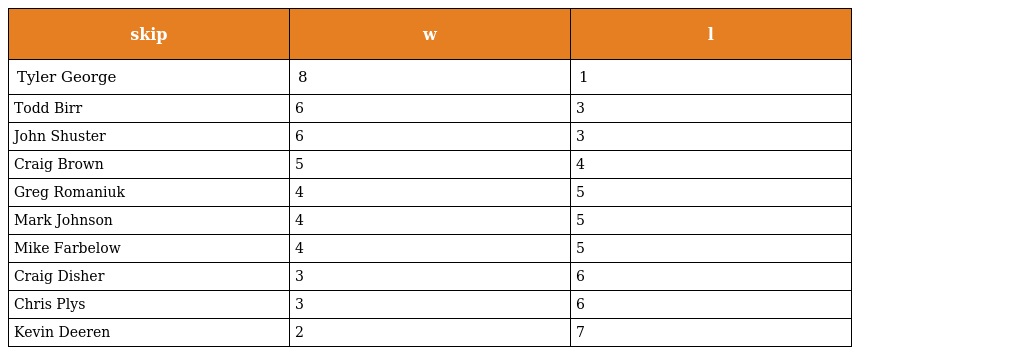
| skip | w | l |
 | --- | --- | --- |
 | Tyler George | 8 | 1 |
 | Todd Birr | 6 | 3 |
 | John Shuster | 6 | 3 |
 | Craig Brown | 5 | 4 |
 | Greg Romaniuk | 4 | 5 |
 | Mark Johnson | 4 | 5 |
 | Mike Farbelow | 4 | 5 |
 | Craig Disher | 3 | 6 |
 | Chris Plys | 3 | 6 |
 | Kevin Deeren | 2 | 7 |